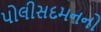
પોલીસદમનનો